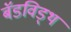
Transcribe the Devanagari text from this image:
बॅडविड्थ